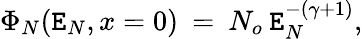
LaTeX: \Phi_{N}(\mathtt{E}_{N},x=0)\: =\: N_{o}\: \mathtt{E}_{N}^{-(\gamma+1)},